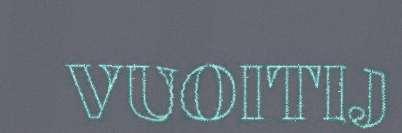
VUOITIJ